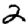
Digit: 2